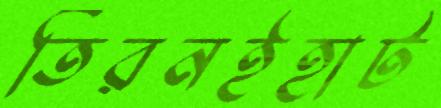
তিরনইহাট